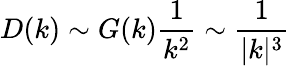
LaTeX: D(k)\sim G(k){\frac{1}{k^{2}}}\sim{\frac{1}{|k|^{3}}}